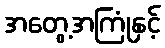
အတွေ့အကြုံနှင့်